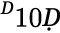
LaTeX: ^Ḋ10Ḍ